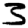
Digit: 3